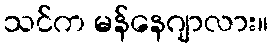
သင်က မန်နေဂျာလား။